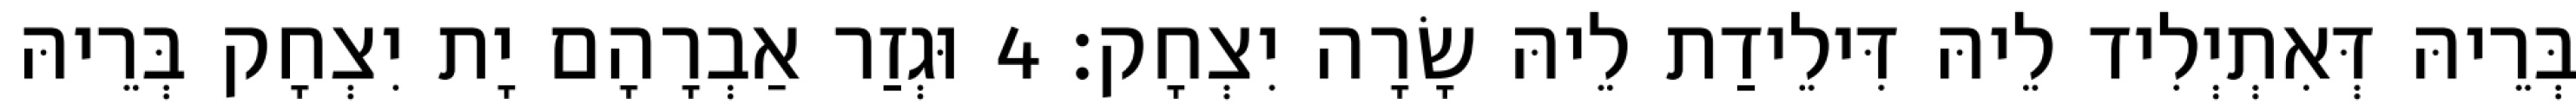
בְּרֵיהּ דְּאִתְיְלִיד לֵיהּ דִּילֵידַת לֵיהּ שָׂרָה יִצְחָק׃ 4 וּגְזַר אַבְרָהָם יָת יִצְחָק בְּרֵיהּ